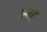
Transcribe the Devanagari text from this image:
बनेहृ